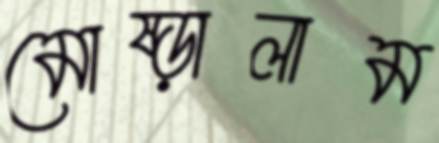
মোষ্‌ড়ালাম